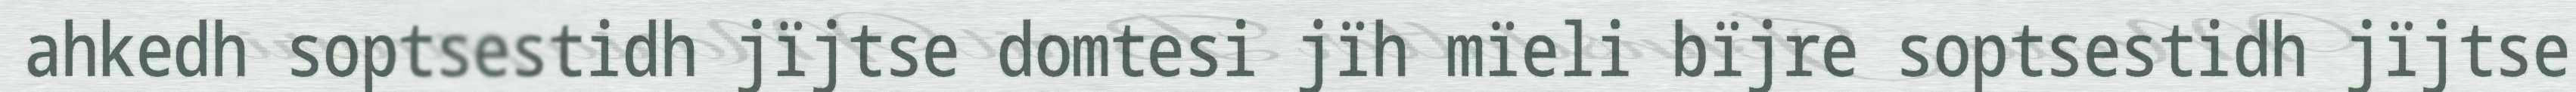
ahkedh soptsestidh jïjtse domtesi jïh mïeli bïjre soptsestidh jïjtse